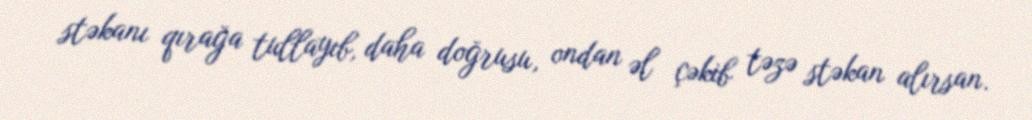
stəkanı qırağa tullayıb, daha doğrusu, ondan əl çəkib təzə stəkan alırsan.